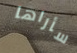
سأراها